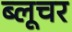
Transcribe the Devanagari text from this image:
ब्लूचर